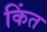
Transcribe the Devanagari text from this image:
किंत